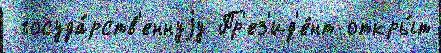
 госуда́рств'еннуjу Пр'ез'ид'е́нт откры́т